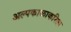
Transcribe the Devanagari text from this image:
अल्पकाळाकरिता